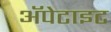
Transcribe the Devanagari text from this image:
अॅपेटाइट